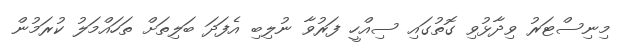
މިނިސްޓަރު ވިދާޅުވި ގޮތުގައި ސިއްހީ ފަރުވާ ނުލިބި އެފަދަ ބަލިތަށް ތަހައްމަލު ކުރަމުން